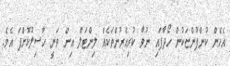
އެހެން ކުންފުންޏަކުން ހޯދާފައި ނުވާ ކުރިއެރުންތަކެއް ލިންޓަލް އިން ވަނީ ހާސިލުކޮށްފަ އެވެ.